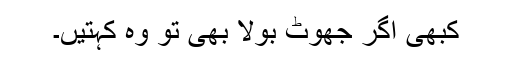
کبھی اگر جھوٹ بولا بھی تو وہ کہتیں۔